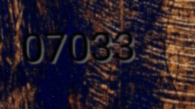
07033